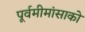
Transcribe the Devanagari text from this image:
पूर्वमीमांसाकाे